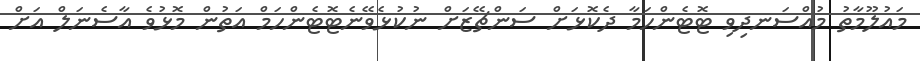
މައުލޫމާތު މުއްސަނދިވި ޓޮޓެންހަމާ ދެކޮޅަށް ސަންޗޭޒަށް ނުކުޅެވޭނެޓޮޓެންހަމް އަތުން މޮޅުވެ އާސެނަލް އަށް